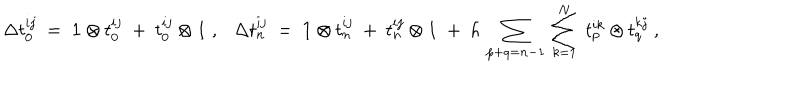
LaTeX: \Delta t _ { 0 } ^ { i j } ~ = ~ { \bf 1 } \otimes t _ { 0 } ^ { i j } ~ + ~ t _ { 0 } ^ { i j } \otimes { \bf 1 } ~ , \Delta t _ { n } ^ { i j } ~ = ~ { \bf 1 } \otimes t _ { n } ^ { i j } ~ + ~ t _ { n } ^ { i j } \otimes { \bf 1 } ~ + ~ h \, \sum _ { p + q = n - 1 } \, \sum _ { k = 1 } ^ { N } ~ t _ { p } ^ { i k } \otimes t _ { q } ^ { k j } ~ ,